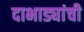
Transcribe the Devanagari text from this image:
दाभाड्यांची